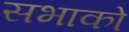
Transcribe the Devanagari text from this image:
सभाको